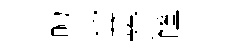
煦冀赞窿